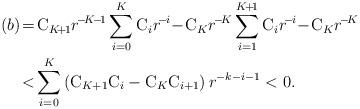
LaTeX: \begin{align*}(b)&\!=\!\mathrm{C}_{K\!+\!1} r^{\!-\!K\!-\!1}\sum\limits_{i=0}^K\mathrm{C}_i r^{\!-\!i}\!-\!\mathrm{C}_K r^{\!-\!K}\sum\limits_{i=1}^{K\!+\!1}\mathrm{C}_i r^{\!-\!i}\!-\!\mathrm{C}_K r^{\!-\!K} \\ &\!<\! \sum\limits_{i=0}^K {\left(\mathrm{C}_{K+1}\mathrm{C}_i-\mathrm{C}_K\mathrm{C}_{i+1} \right) r^{-k-i-1}} <0.\end{align*}